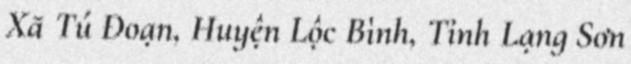
Xã Tú Đoạn, Huyện Lộc Bình, Tỉnh Lạng Sơn